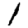
Digit: 1